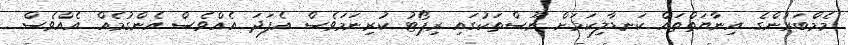
މެމްބަރުންގެ އިނާޔަތްތައް ކަނޑާލިކަމަށް ނޫސްތަކުގައި ރިޕޯޓު ކުރިނަމަވެސް އެފަދަ އެއްވެސް އެންގުމެއް އެއްވެސް